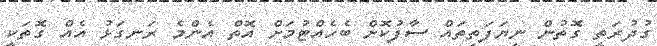
ގުދުރަތީ ގޮތުން ނިޔަފަތިތައް ސާފުކޮށް ބެހެއްޓުމަށް އޮތް އެންމެ ރަނގަޅު އެއް ގޮތަކީ